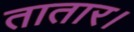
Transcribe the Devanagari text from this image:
तातार।